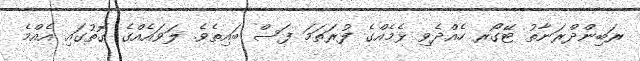
ރަބިންދްރަނާތު ޓޭގޯރ ހެއްދެވި ޅެމެއްގެ ފުރަތަމަ ފަސް ބައިތެވެ. ލަވައެއްގެ ގޮތުގައި އެއްމެ